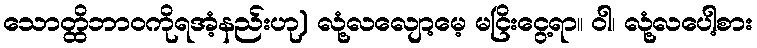
သောတ္ထိဘာဝကိုရအံ့နည်းဟု) လုံ့လလျော့မေ့ မငြိးငွေ့ရာ။ ဝါ၊ လုံ့လပေါ့စား